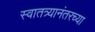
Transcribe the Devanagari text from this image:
स्वातत्र्यानंतरच्या